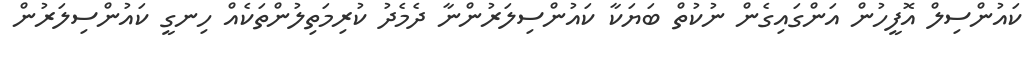
ކައުންސިލް އޮފީހުން އަންގައިގެން ނުކުތް ބަޔަކާ ކައުންސިލަރުންނާ ދެމެދު ކުރިމަތިލުންތަކެއް ހިނގީ ކައުންސިލަރުން